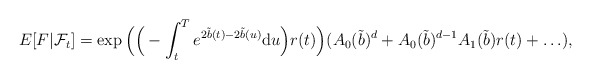
\begin{align*} E[F|\mathcal{F}_{t}]=\exp \Big( \Big(-\int_t^T e^{2\tilde b(t)-2\tilde b(u)}\mathrm{d} u\Big) r(t)\Big) (A_0(\tilde b)^d+A_0(\tilde b)^{d-1}A_1(\tilde b)r(t)+\ldots),\end{align*}